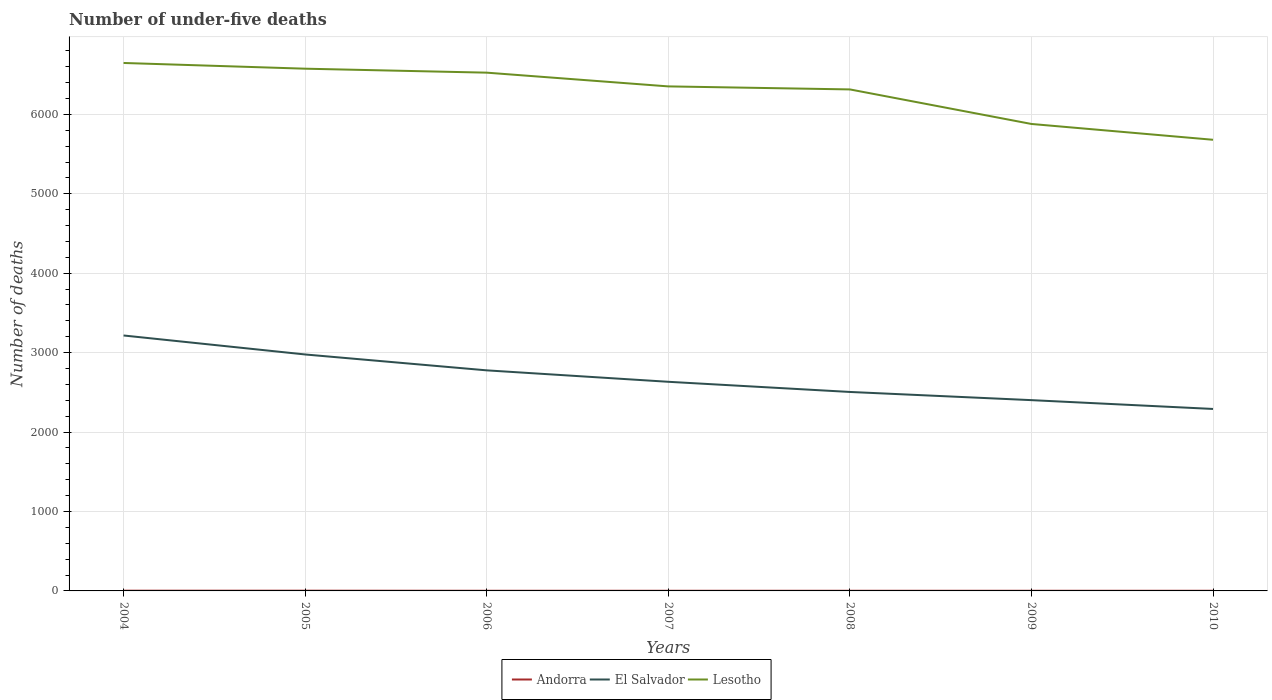
| Years | Andorra | El Salvador | Lesotho |
 | --- | --- | --- | --- |
 | 2004 | 3 | 3.22e+03 | 6.65e+03 |
 | 2005 | 3 | 2.98e+03 | 6.58e+03 |
 | 2006 | 2 | 2.78e+03 | 6.52e+03 |
 | 2007 | 2 | 2.63e+03 | 6.35e+03 |
 | 2008 | 2 | 2.50e+03 | 6.31e+03 |
 | 2009 | 2 | 2.4e+03 | 5.88e+03 |
 | 2010 | 2 | 2.29e+03 | 5.68e+03 |